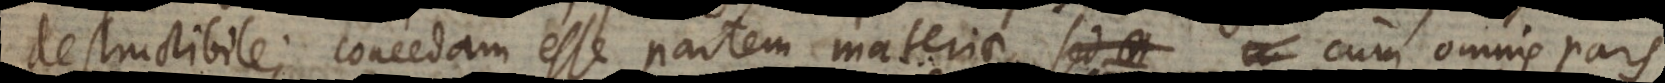
destructibile; concedam esse partem materiae, cum omnis pars